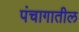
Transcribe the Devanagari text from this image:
पंचागातील